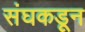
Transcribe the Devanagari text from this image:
संघकडून